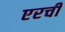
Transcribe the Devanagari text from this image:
एरची